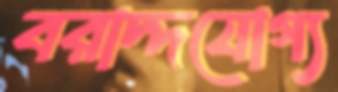
বরাদ্দযোগ্য